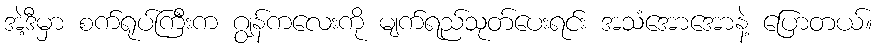
အဲ့ဒီမှာ စက်ရုပ်ကြီးက ဂျွန်ကလေးကို မျက်ရည်သုတ်ပေးရင်း အသံအောအောနဲ့ ပြောတယ်။